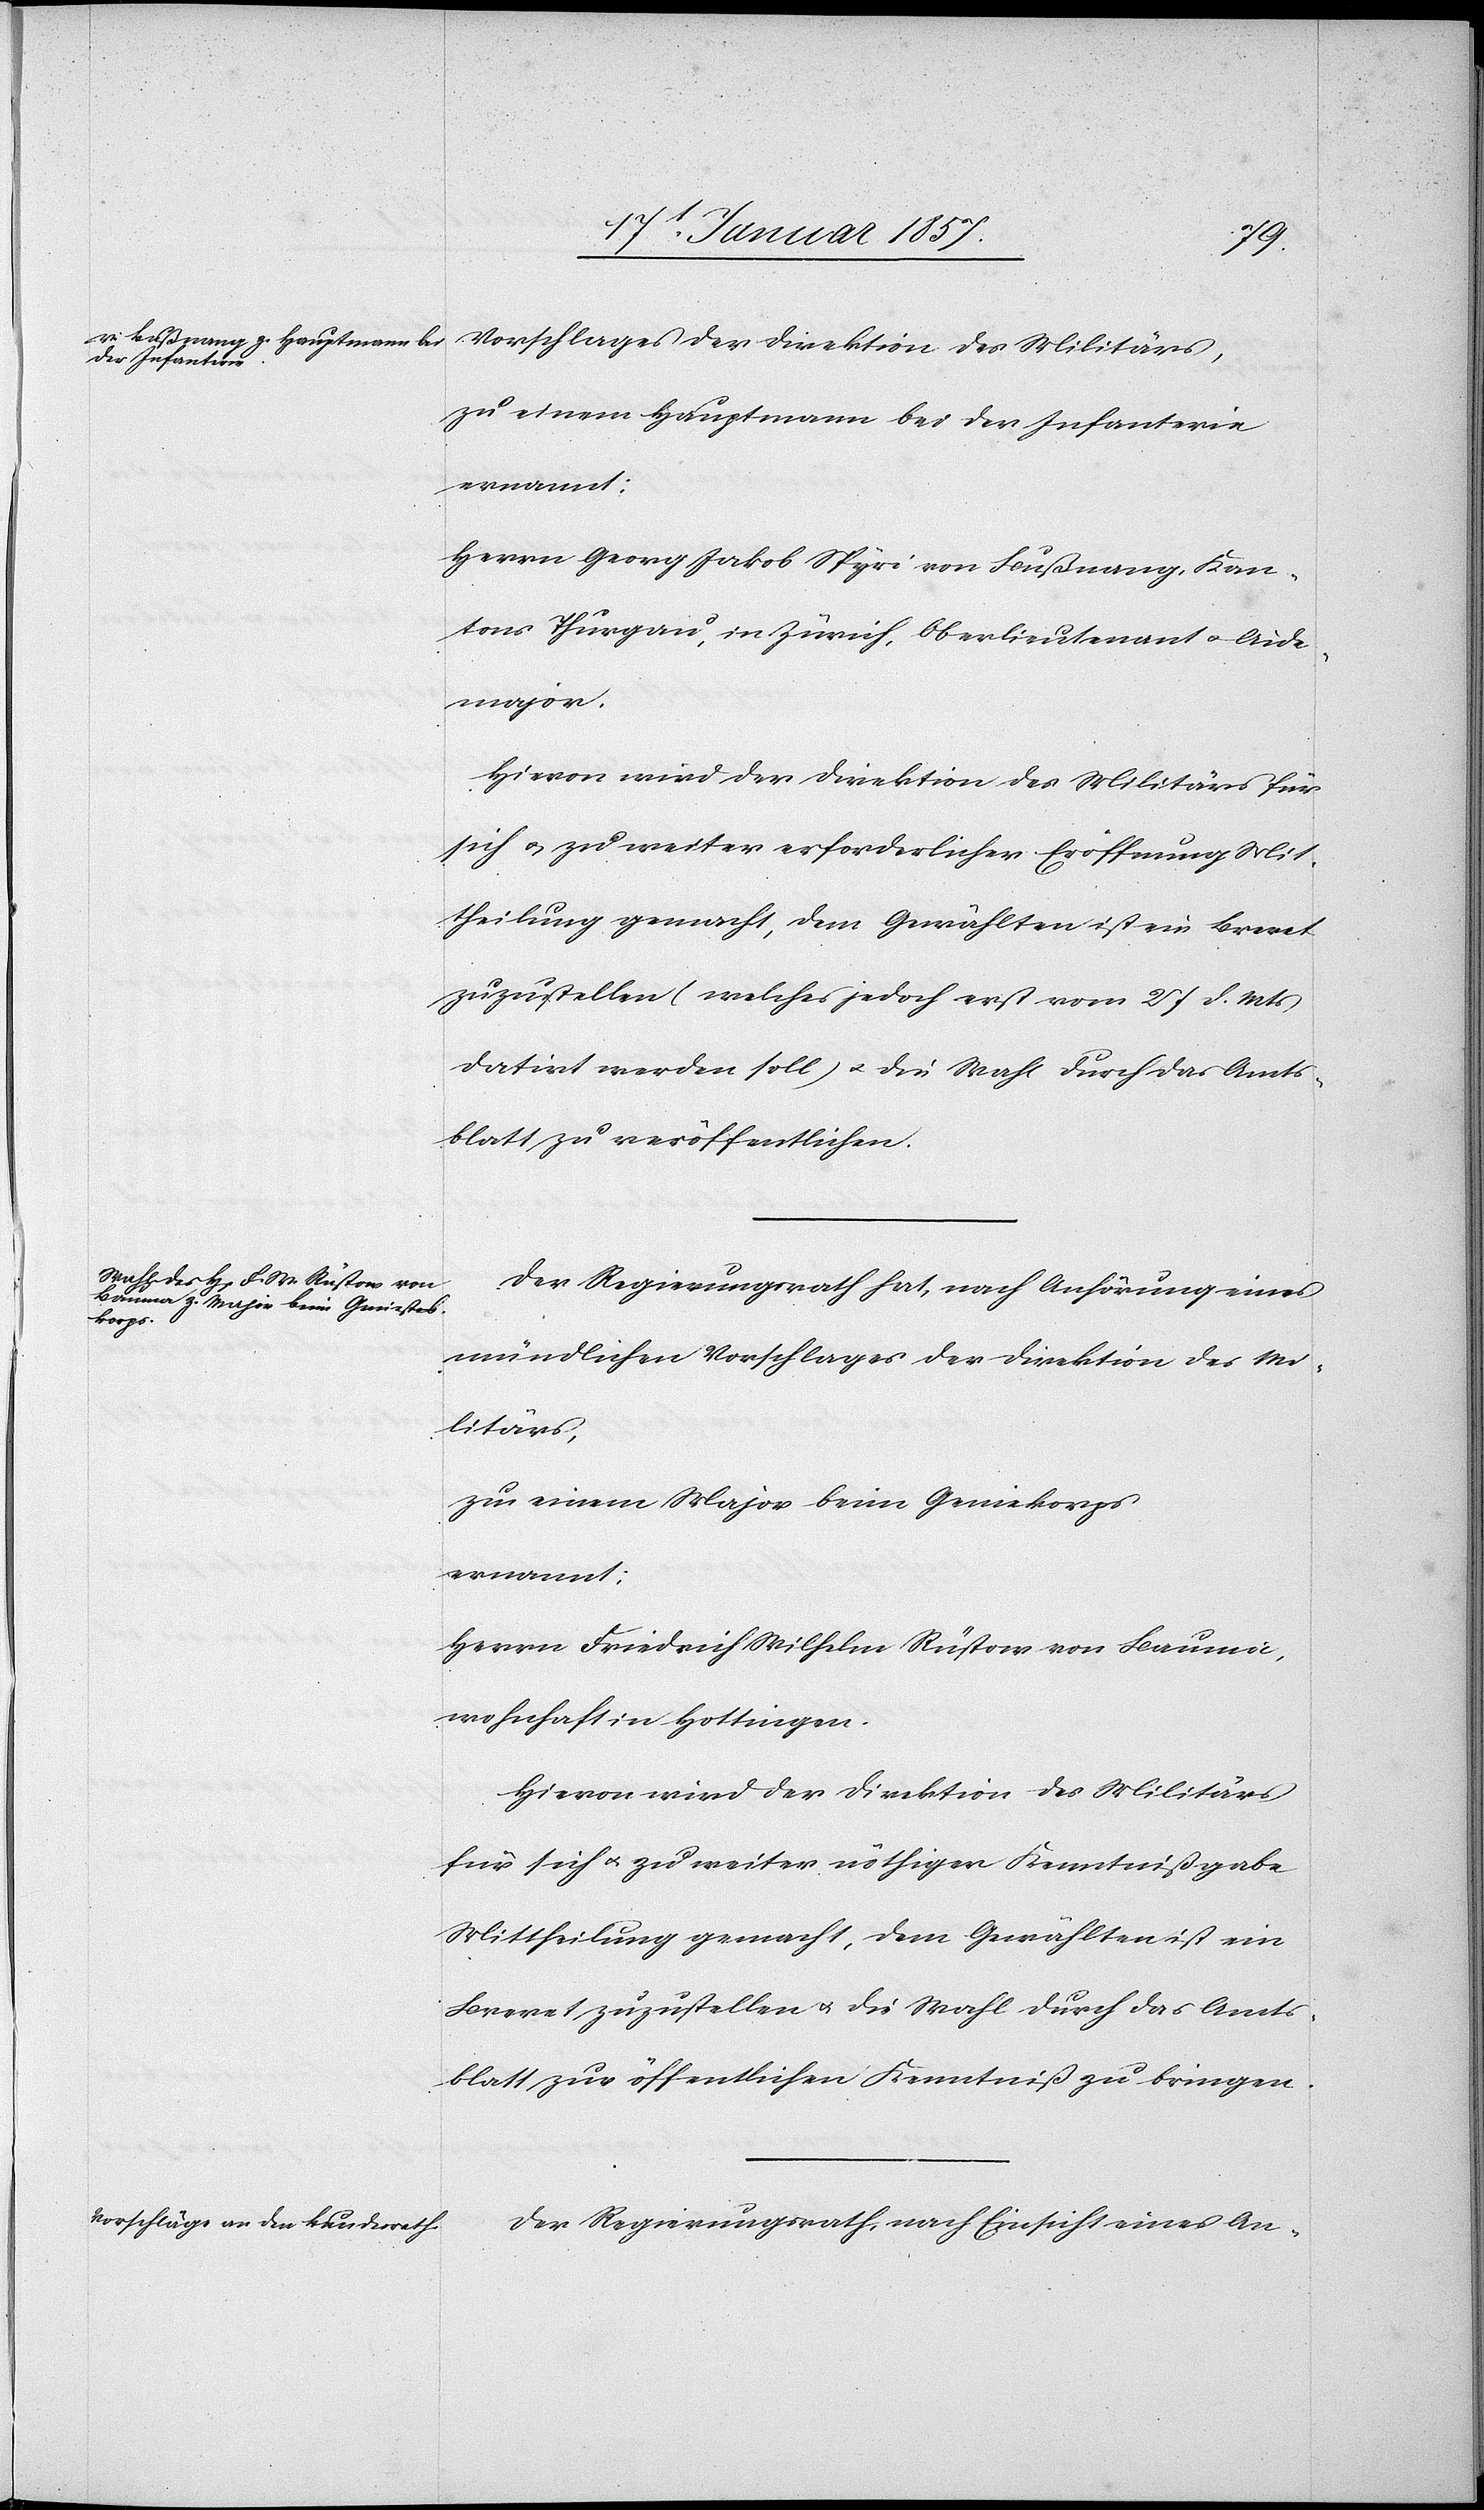
Vorschlages der Direktion des Militärs,
zu einem Hauptmann bei der Infanterie
ernannt:
Herrn Georg Jakob Spyri von Bußnang, Kan¬
ton Thurgau, in Zürich Oberlieutenant u. Aide¬
major.
Hievon wird der Direktion des Militärs für
sich u. zu weiter erforderlicher Eröffnung Mit¬
theilung gemacht, dem Gewählten ist ein Brevet
zuzustellen (welches jedoch erst vom 27 d. Mts
datirt werden soll) u. die Wahl durch das Amts¬
blatt zu veröffentlichen.
Der Regierungsrath hat, nach Anhörung eines
mündlichen Vorschlages der Direktion des Mi¬
litärs,
zu einem Major beim Geniekorps
ernannt:
Herrn Friedrich Wilhelm Rüstow von Bauma,
wohnhaft in Hottingen.
Hievon wird der Direktion des Militärs
für sich u. zu weiter nöthiger Kenntnißgabe
Mittheilung gemacht, dem Gewählten ist
Brevet zuzustellen u. die Wahl durch das Amts¬
blatt zur öffentlichen Kenntniß zu bringen.
Der Regierungsrath, nach Einsicht eines An-